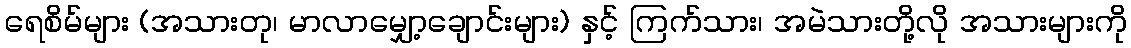
ရေစိမ်များ (အသားတု၊ မာလာမျှော့ချောင်းများ) နှင့် ကြက်သား၊ အမဲသားတို့လို အသားများကို